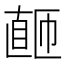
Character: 𬑚